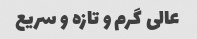
عالی گرم و تازه و سریع